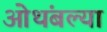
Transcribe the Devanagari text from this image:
ओथंबल्या